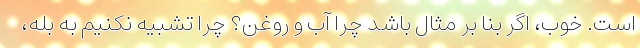
است. خوب، اگر بنا بر مثال باشد چرا آب و روغن؟ چرا تشبیه نکنیم به بله،